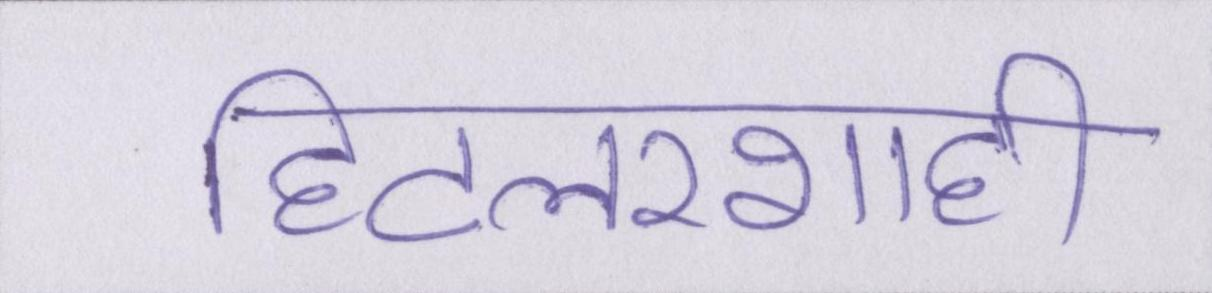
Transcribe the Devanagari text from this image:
हिटलरशाही